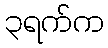
၃ရက်က